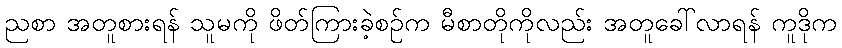
ညစာ အတူစားရန် သူမကို ဖိတ်ကြားခဲ့စဉ်က မီစာတိုကိုလည်း အတူခေါ်လာရန် ကူဒိုက